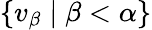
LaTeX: \{ v_{\beta}\mid\beta<\alpha\}